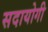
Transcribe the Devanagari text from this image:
सदायोगी